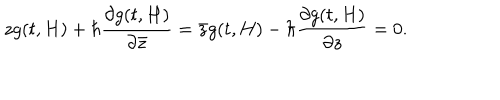
LaTeX: z g ( t , H ) + \hbar \frac { \partial g ( t , H ) } { \partial { \bar { z } } } = { \bar { z } } g ( t , H ) - \hbar \frac { \partial g ( t , H ) } { \partial z } = 0 .